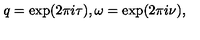
q = \exp ( 2 \pi i \tau ) , \omega = \exp ( 2 \pi i \nu ) ,